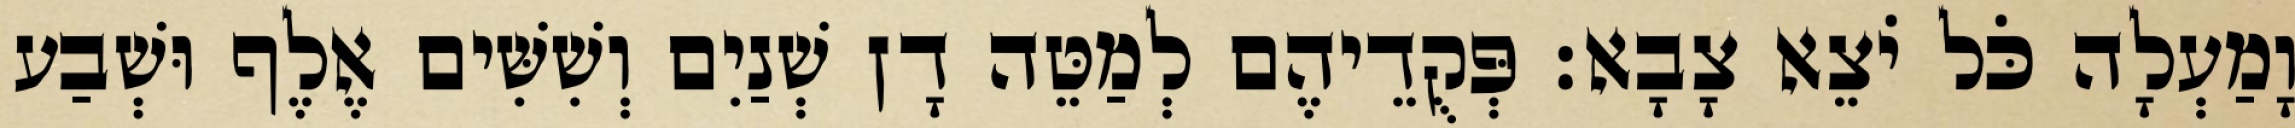
וָמַעְלָה כֹּל יֹצֵא צָבָא׃ פְּקֻדֵיהֶם לְמַטֵּה דָן שְׁנַיִם וְשִׁשִּׁים אֶלֶף וּשְׁבַע